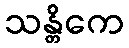
သန္တိကေ